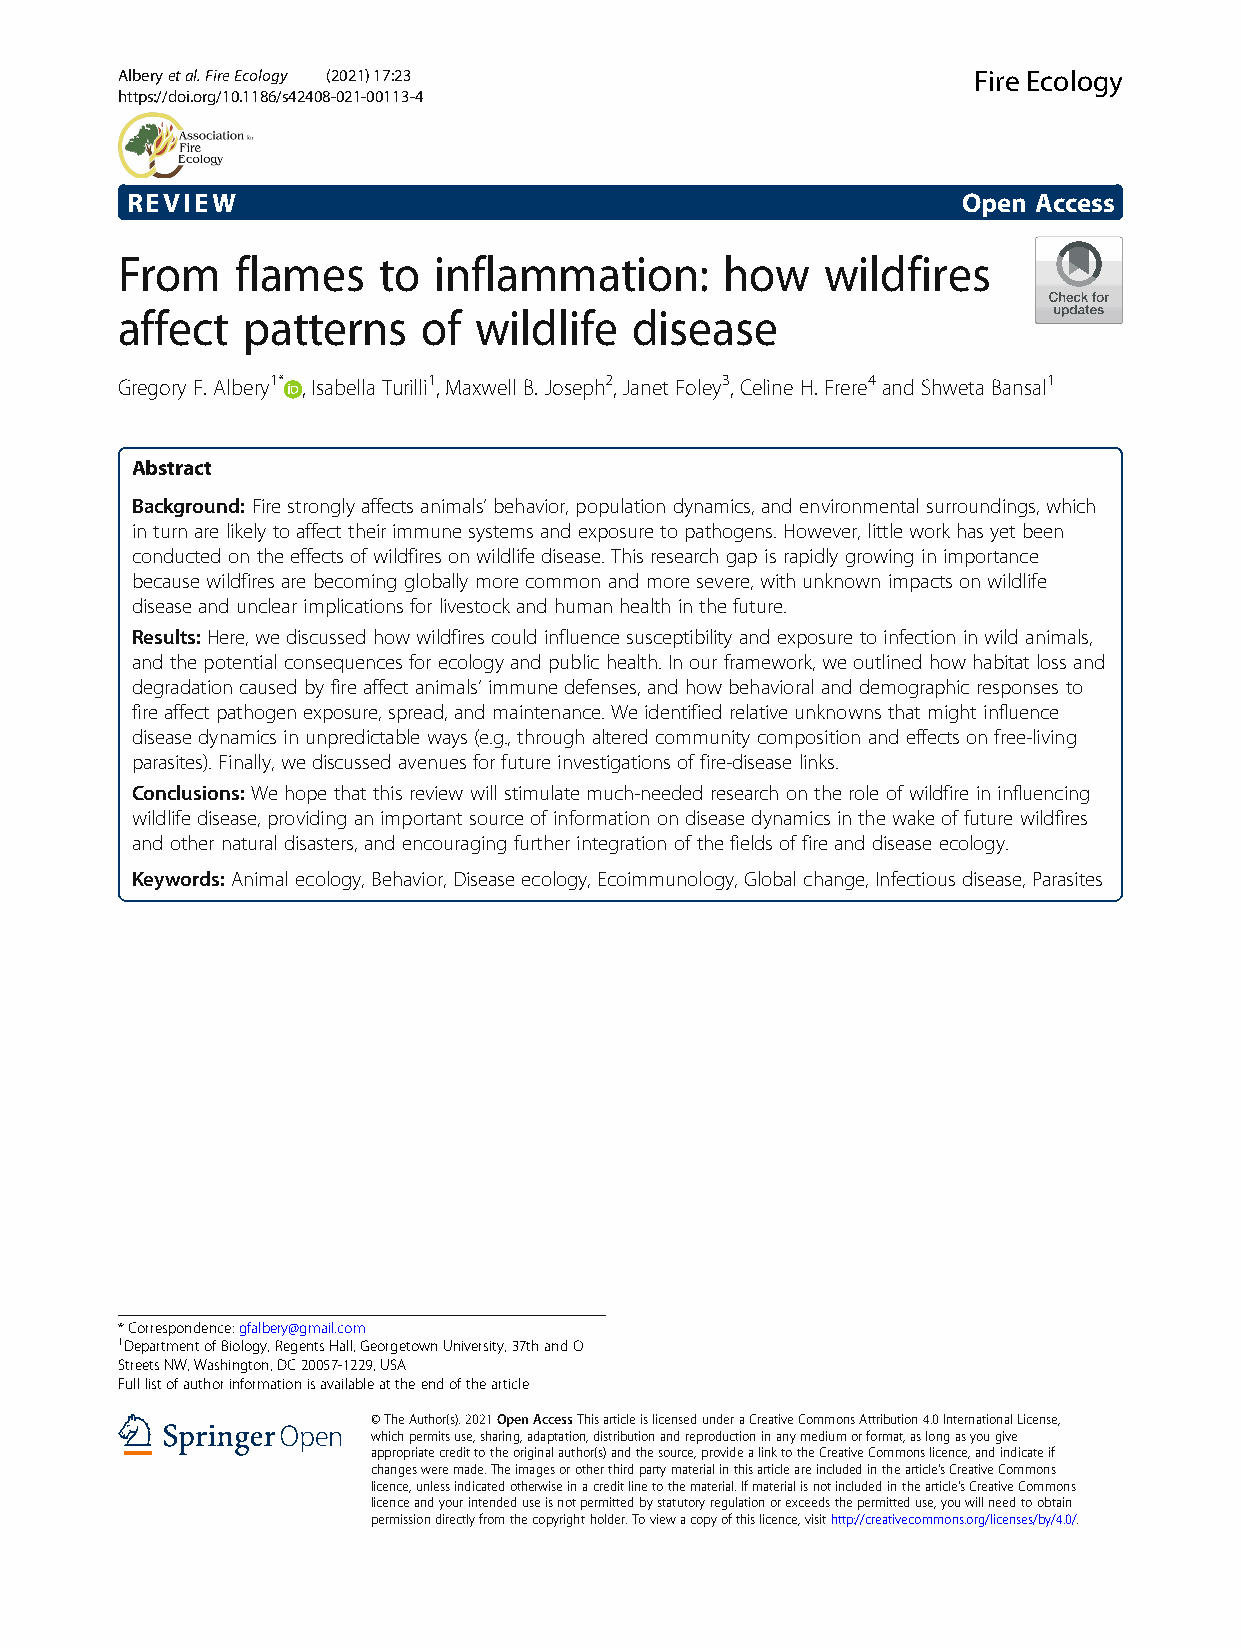
Alberyetal.FireEcology (2021) 17:23                     Fire Ecology
 https://doi.org/10.1186/s42408-021-00113-4
 REVIEW                                                  Open Access
 From    flames   to  inflammation:      how    wildfires
 affect  patterns    of wildlife   disease
 Gregory F. Albery1* , Isabella Turilli1, Maxwell B. Joseph2, Janet Foley3, Celine H. Frere4 and Shweta Bansal1
 Abstract
 Background: Firestrongly affects animals’ behavior, population dynamics,and environmental surroundings, which
 inturn are likely to affect theirimmunesystemsand exposure to pathogens. However, littleworkhas yet been
 conducted onthe effects of wildfires onwildlife disease. This research gap is rapidly growing inimportance
 because wildfires are becoming globally more common and more severe, with unknown impacts on wildlife
 disease and unclear implicationsfor livestock and human health in the future.
 Results: Here, we discussed how wildfires could influence susceptibility and exposure to infection inwild animals,
 and the potential consequences for ecology and publichealth.Inour framework, we outlined how habitat loss and
 degradation causedby fire affect animals’ immune defenses, and how behavioral and demographic responses to
 fireaffect pathogen exposure, spread,and maintenance. We identified relative unknownsthat might influence
 disease dynamics inunpredictableways(e.g., through altered community composition and effects onfree-living
 parasites). Finally, we discussed avenues for future investigations of fire-disease links.
 Conclusions: We hope that this review will stimulate much-needed research onthe role ofwildfirein influencing
 wildlife disease, providing an important source of information ondisease dynamics inthewake of future wildfires
 and other natural disasters, and encouraging further integration of thefields of fire and disease ecology.
 Keywords: Animal ecology, Behavior, Disease ecology, Ecoimmunology, Global change, Infectious disease, Parasites
 *Correspondence:gfalbery@gmail.com
 1DepartmentofBiology,RegentsHall,GeorgetownUniversity,37thandO
 StreetsNW,Washington,DC20057-1229,USA
 Fulllistofauthorinformationisavailableattheendofthearticle
 ©TheAuthor(s).2021OpenAccessThisarticleislicensedunderaCreativeCommonsAttribution4.0InternationalLicense,
 whichpermitsuse,sharing,adaptation,distributionandreproductioninanymediumorformat,aslongasyougive
 appropriatecredittotheoriginalauthor(s)andthesource,providealinktotheCreativeCommonslicence,andindicateif
 changesweremade.Theimagesorotherthirdpartymaterialinthisarticleareincludedinthearticle'sCreativeCommons
 licence,unlessindicatedotherwiseinacreditlinetothematerial.Ifmaterialisnotincludedinthearticle'sCreativeCommons
 licenceandyourintendeduseisnotpermittedbystatutoryregulationorexceedsthepermitteduse,youwillneedtoobtain
 permissiondirectlyfromthecopyrightholder.Toviewacopyofthislicence,visithttp://creativecommons.org/licenses/by/4.0/.